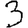
Digit: 3